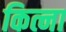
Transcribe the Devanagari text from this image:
कित्ना